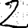
Digit: 2